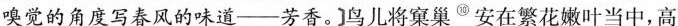
嗅觉的角度写春风的味道——芳香。]鸟儿将窠巢^{⑩}安在繁花嫩叶当中,高